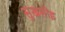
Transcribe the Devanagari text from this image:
सुखसोइ